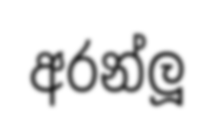
අරන්ලූ